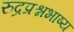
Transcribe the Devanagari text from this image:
रुद्रप्रश्नभाष्य